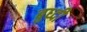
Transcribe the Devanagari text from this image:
बुध्‍दी